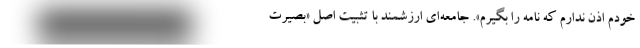
خودم اذن ندارم که نامه را بگیرم». جامعه‌ای ارزشمند با تثبیت اصل «بصیرت